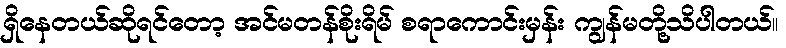
ရှိနေတယ်ဆိုရင်တော့ အင်မတန်စိုးရိမ် စရာကောင်းမှန်း ကျွန်မတို့သိပါတယ်။